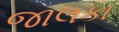
જાલકા